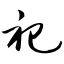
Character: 祀